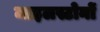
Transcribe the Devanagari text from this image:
माइलस्टोनों